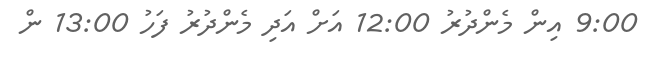
9:00 އިން މެންދުރު 12:00 އަށް އަދި މެންދުރު ފަހު 13:00 ން